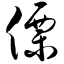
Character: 傈